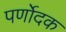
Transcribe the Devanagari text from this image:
पर्णोदक